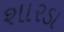
શારડા